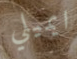
ايميلي